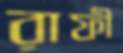
রাফী